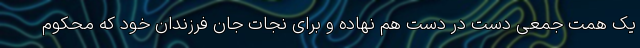
یک همت جمعی دست در دست هم نهاده و برای نجات جان فرزندان خود که محکوم